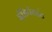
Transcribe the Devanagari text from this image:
इंडिपेन्डंट